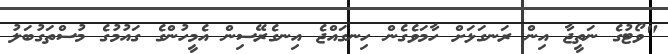
"ވޯޓުގެ ނަތީޖާ އިން ރަނގަޅަށް ހާމަވެގެން ހިނގައްޖެ އިނގެރޭސިން އެމީހުންގެ ގައުމުގެ މުސްތަގުބަލު